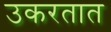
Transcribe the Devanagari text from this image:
उकरतात